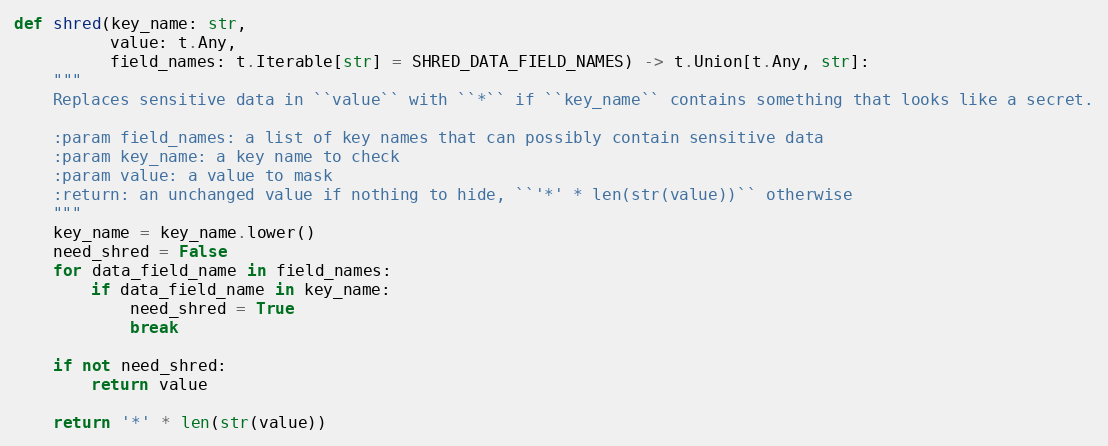
Language: Python
def shred(key_name: str,
          value: t.Any,
          field_names: t.Iterable[str] = SHRED_DATA_FIELD_NAMES) -> t.Union[t.Any, str]:
    """
    Replaces sensitive data in ``value`` with ``*`` if ``key_name`` contains something that looks like a secret.

    :param field_names: a list of key names that can possibly contain sensitive data
    :param key_name: a key name to check
    :param value: a value to mask
    :return: an unchanged value if nothing to hide, ``'*' * len(str(value))`` otherwise
    """
    key_name = key_name.lower()
    need_shred = False
    for data_field_name in field_names:
        if data_field_name in key_name:
            need_shred = True
            break

    if not need_shred:
        return value

    return '*' * len(str(value))